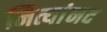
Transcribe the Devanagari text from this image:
नित्यांनद